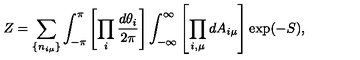
Z = \sum _ { \{ n _ { i \mu } \} } \int _ { - \pi } ^ { \pi } \left[ \prod _ { i } \frac { d \theta _ { i } } { 2 \pi } \right] \int _ { - \infty } ^ { \infty } \left[ \prod _ { i , \mu } d A _ { i \mu } \right] \exp ( - S ) ,